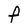
Character: F